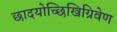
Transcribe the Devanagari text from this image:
छादयोच्छिखिग्रिवेण